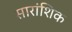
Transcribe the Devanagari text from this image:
सारांशिक